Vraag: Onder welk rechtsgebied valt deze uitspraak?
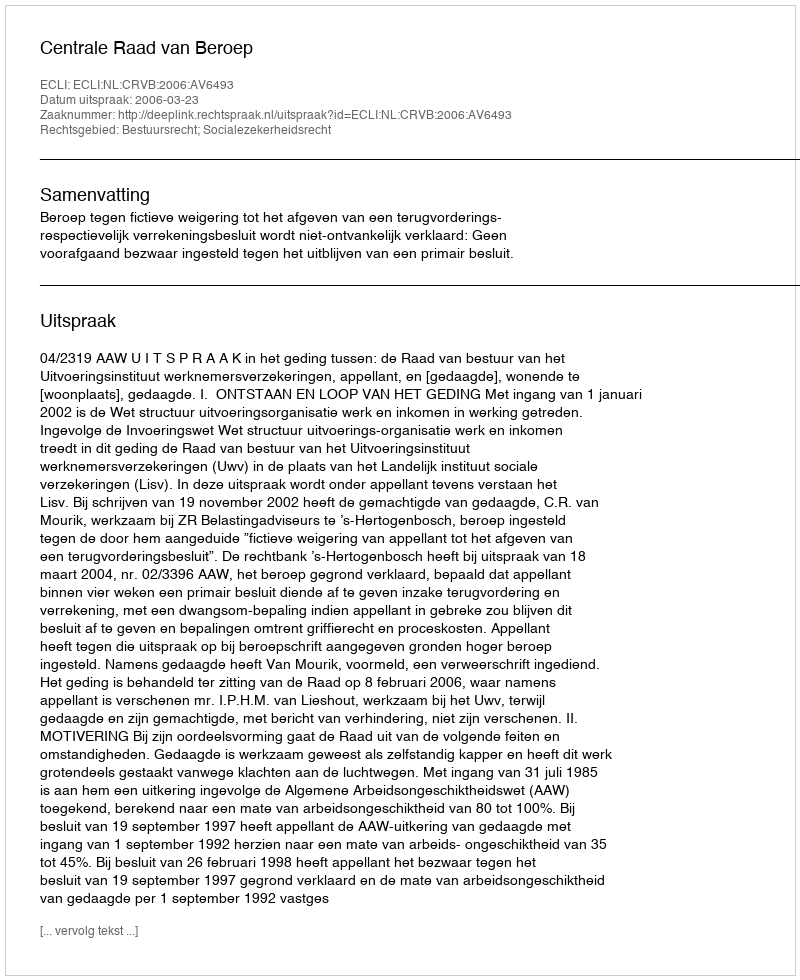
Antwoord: Bestuursrecht; Socialezekerheidsrecht